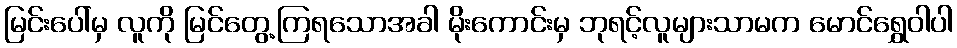
မြင်းပေါ်မှ လူကို မြင်တွေ့ကြရသောအခါ မိုးကောင်းမှ ဘုရင့်လူများသာမက မောင်ရွှေဝါပါ